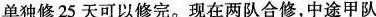
单独修25天可以修完。现在两队合修，中途甲队